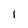
Character: 1